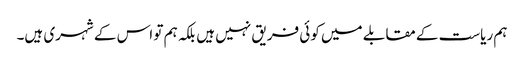
ہم ریاست کے مقابلے میں کوئی فریق نہیں ہیں بلکہ ہم تو اس کے شہری ہیں۔